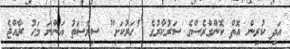
އަދި ކުރިން އޮތް ކޮންގްރެސްގެ ސަރުކާރުގެ "ހަރުކަށި" ސިޔާސަތު އަންނަ މަހު ރާއްޖެ